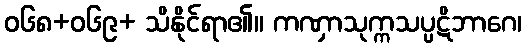
ဝ၆၈+၀၆၉+ သိနိုင်ရာ၏။ ကဏှာသုက္ကသပ္ပဋိဘာဂေ၊